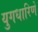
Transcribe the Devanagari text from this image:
युगधारिणे